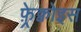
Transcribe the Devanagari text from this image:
फ़्रेक्वोइस